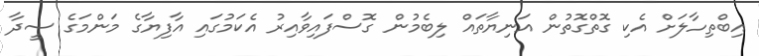
އިބްތިހާލަށް އެކި ގޮތްގޮތުން އަނިޔާތައް ލިބެމުން ގޮސްފައިވާއިރު އެކަމުގައި އާފިޔާގެ މަންމަގެ ސީދާ